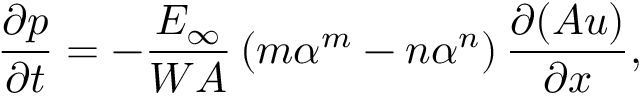
\frac { \partial p } { \partial t } = - \frac { E _ { \infty } } { W A } \left( m \alpha ^ { m } - n \alpha ^ { n } \right) \frac { \partial ( A u ) } { \partial x } ,